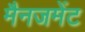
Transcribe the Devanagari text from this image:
मैनजमेंट